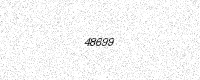
Text: 48699